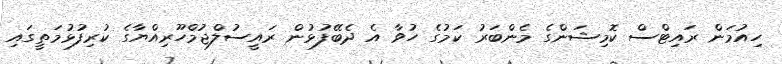
ހިއުމަން ރައިޓްސް ކޮމިޝަންގެ މެންބަރު ކަމުގެ ހުވާ އެ ދެބޭފުޅުން ރައީސުލްޖުމްހޫރިއްޔާގެ ކުރިފުޅުމަތީގައި